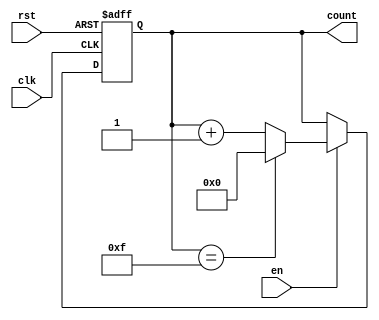
module multi_bit_counter #(
    parameter WIDTH = 4  // Parameter to define the width of the counter (default is 4 bits)
)(
    input wire clk,      // Clock signal
    input wire rst,      // Asynchronous reset signal
    input wire en,       // Enable signal
    output reg [WIDTH-1:0] count // Count output
);

    // Maximum value for the counter based on the defined width
    localparam MAX_COUNT = (1 << WIDTH) - 1; // 2^WIDTH - 1

    // Always block triggered on the rising edge of the clock
    always @(posedge clk or posedge rst) begin
        if (rst) begin
            count <= 0; // Reset the counter to 0
        end else if (en) begin
            if (count == MAX_COUNT) begin
                count <= 0; // Wrap around to 0 if max count is reached
            end else begin
                count <= count + 1; // Increment the counter
            end
        end
    end

endmodule